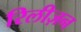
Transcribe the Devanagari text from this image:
रिलीज़न